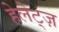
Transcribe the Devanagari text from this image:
हेलेट्ज़